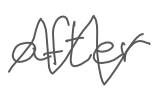
Text: after
Cross-out: zig-zag
Writing tool: digital_gray